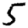
Digit: 5